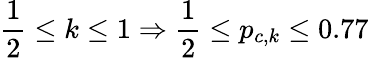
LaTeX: \frac{1}{2}\leq k\leq 1\Rightarrow\frac{1}{2}\leq p_{c,k}\leq 0.77